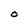
Character: O